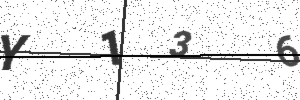
Text: Y136